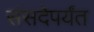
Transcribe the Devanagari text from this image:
संसदेपर्यंत